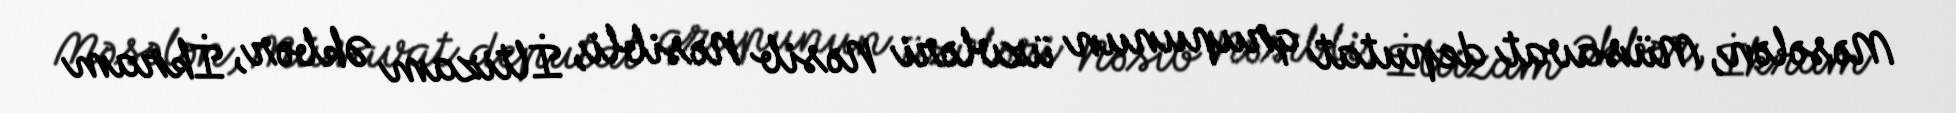
Məsələn, Müsavat deputat qrupunun üzvləri Nəsib Nəsibli, İltizam Əkbər, İkram